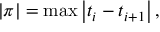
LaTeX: | \pi | = \operatorname* { m a x } \left| t _ { i } - t _ { i + 1 } \right| ,